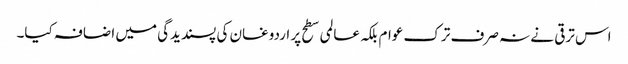
اس ترقی نے نہ صرف ترک عوام بلکہ عالمی سطح پر اردوغان کی پسندیدگی میں اضافہ کیا۔